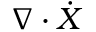
\boldsymbol { \nabla } \cdot \dot { \boldsymbol { X } }